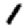
Digit: 1